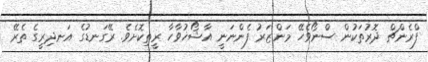
ފްރެންޗް ދޮރުތަކުން ސްނޯވެހޭ މަންޒަރު ފެންނަނީ އާޝޯޚުވާހާ ރީތިކޮށެވެ. ރޭގަނޑުގެ އަނދިރީގެ ތެރޭ